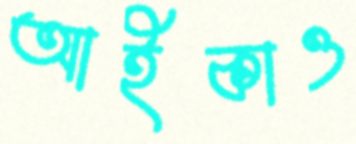
আইকাও